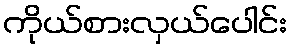
ကိုယ်စားလှယ်ပေါင်း